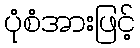
ပုံစံအားဖြင့်